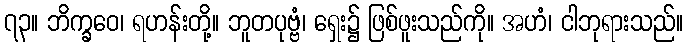
၇၃။ ဘိက္ခဝေ၊ ရဟန်းတို့။ ဘူတပုဗ္ဗံ၊ ရှေး၌ ဖြစ်ဖူးသည်ကို။ အဟံ၊ ငါဘုရားသည်။